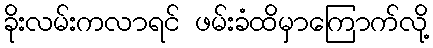
ခိုးလမ်းကလာရင် ဖမ်းခံထိမှာကြောက်လို့